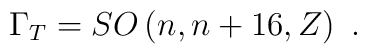
\Gamma_T = SO\left(n,n+16, Z\right)\ .